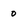
Character: 0